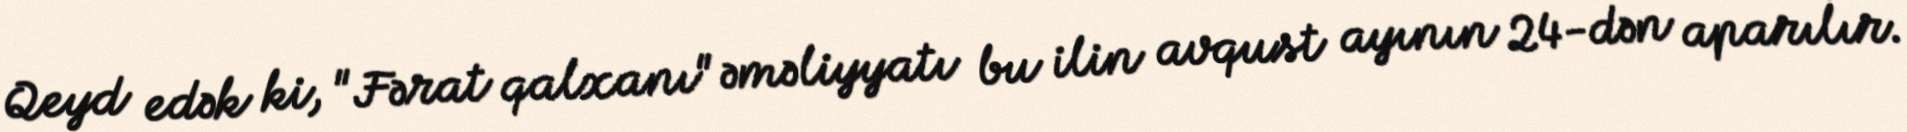
Qeyd edək ki, "Fərat qalxanı" əməliyyatı bu ilin avqust ayının 24-dən aparılır.